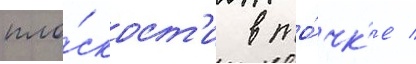
пло́скост'и в то́чк'е /